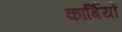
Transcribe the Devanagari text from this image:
कार्बियों